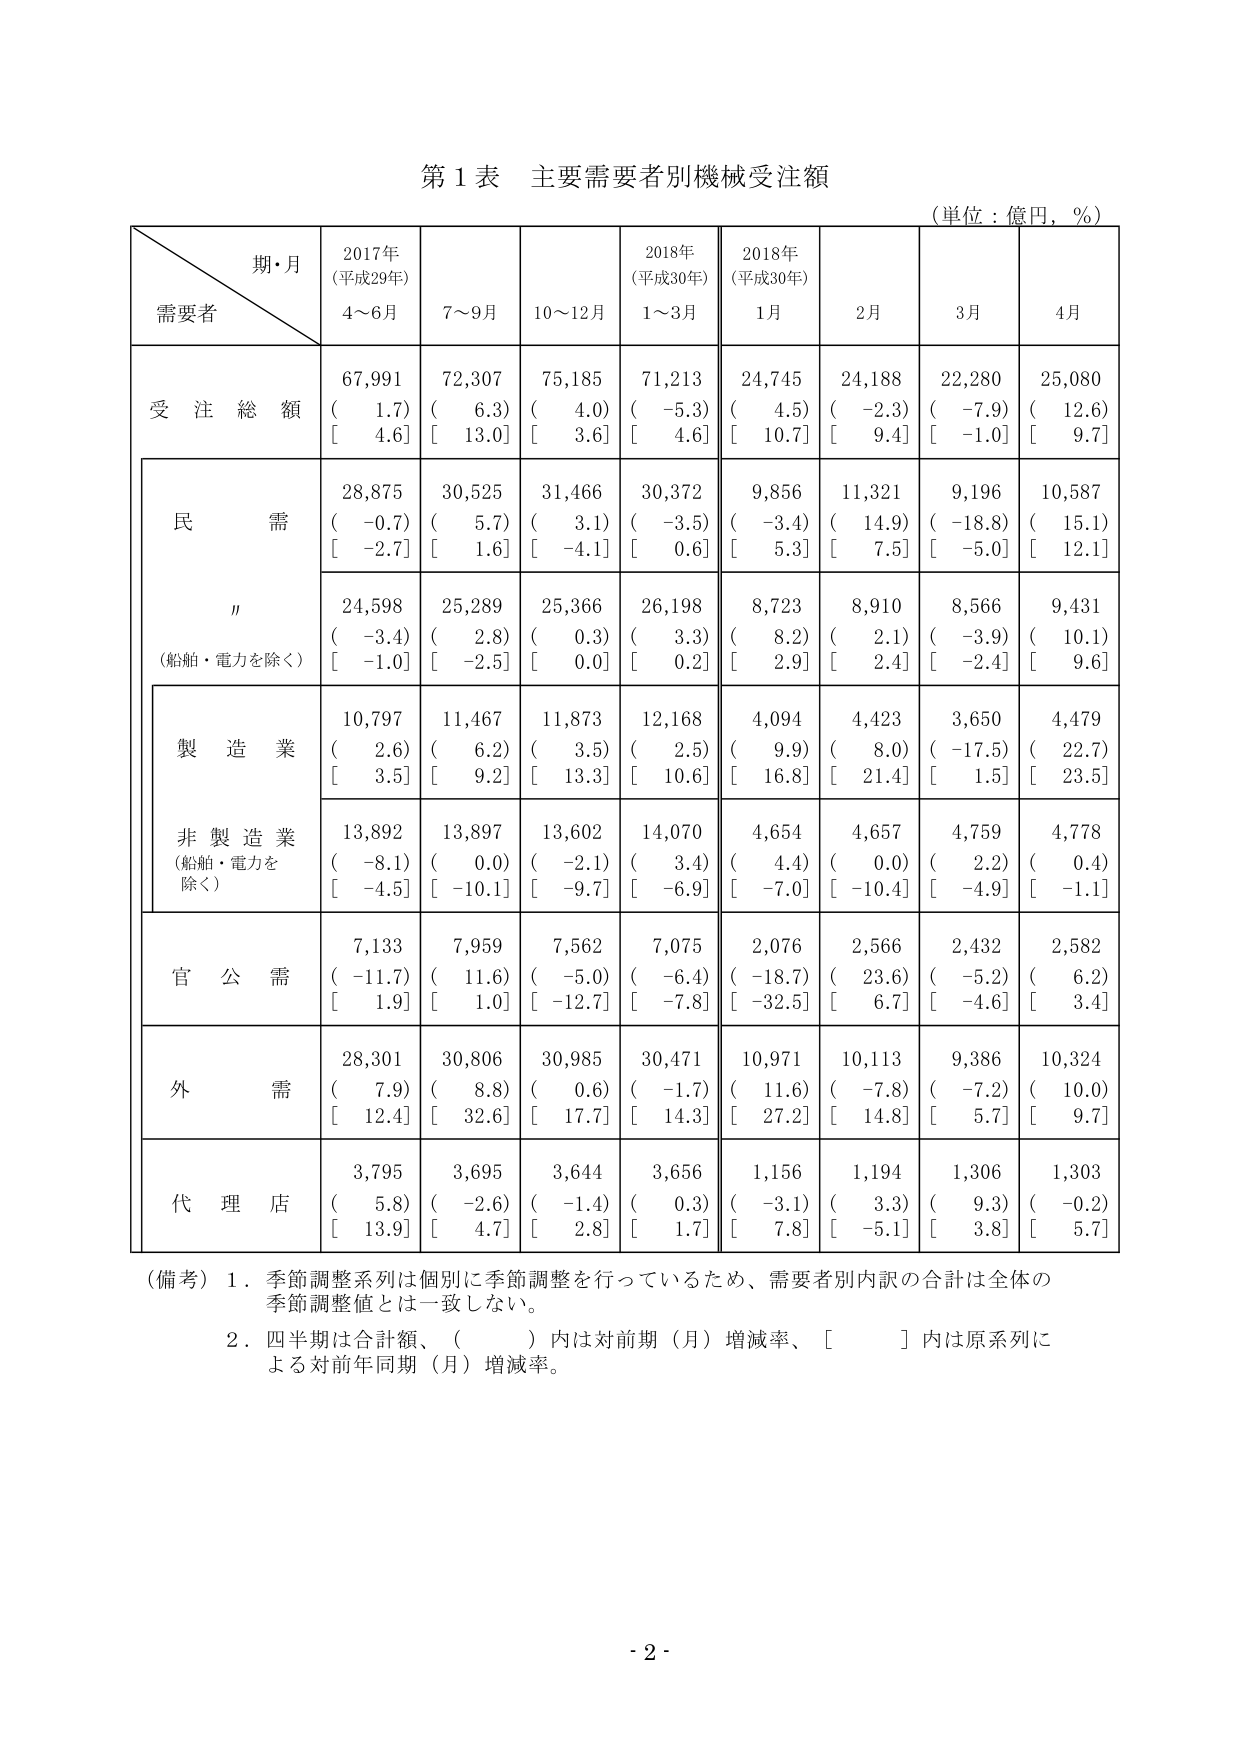
第１表 主要需要者別機械受注額
（単位：億円，％）

期・月
需要者
2017年
（平成29年）
4～6月
7～9月
10～12月
2018年
（平成30年）
1～3月
2018年
（平成30年）
1月
2月
3月
4月

受注総額
67,991
（ 1.7）
［ 4.6］
72,307
（ 6.3）
［ 13.0］
75,185
（ 4.0）
［ 3.6］
71,213
（ -5.3）
［ 4.6］
24,745
（ 4.5）
［ 10.7］
24,188
（ -2.3）
［ 9.4］
22,280
（ -7.9）
［ -1.0］
25,080
（ 12.6）
［ 9.7］

民需
28,875
（ -0.7）
［ -2.7］
30,525
（ 5.7）
［ 1.6］
31,466
（ 3.1）
［ -4.1］
30,372
（ -3.5）
［ 0.6］
9,856
（ -3.4）
［ 5.3］
11,321
（ 14.9）
［ 7.5］
9,196
（ -18.8）
［ -5.0］
10,587
（ 15.1）
［ 12.1］

〃
（船舶・電力を除く）
24,598
（ -3.4）
［ -1.0］
25,289
（ 2.8）
［ -2.5］
25,366
（ 0.3）
［ 0.0］
26,198
（ 3.3）
［ 0.2］
8,723
（ 8.2）
［ 2.9］
8,910
（ 2.1）
［ 2.4］
8,566
（ -3.9）
［ -2.4］
9,431
（ 10.1）
［ 9.6］

製造業
10,797
（ 2.6）
［ 3.5］
11,467
（ 6.2）
［ 9.2］
11,873
（ 3.5）
［ 13.3］
12,168
（ 2.5）
［ 10.6］
4,094
（ 9.9）
［ 16.8］
4,423
（ 8.0）
［ 21.4］
3,650
（ -17.5）
［ 1.5］
4,479
（ 22.7）
［ 23.5］

非製造業
（船舶・電力を除く）
13,892
（ -8.1）
［ -4.5］
13,897
（ 0.0）
［ -10.1］
13,602
（ -2.1）
［ -9.7］
14,070
（ 3.4）
［ -6.9］
4,654
（ 4.4）
［ -7.0］
4,657
（ 0.0）
［ -10.4］
4,759
（ 2.2）
［ -4.9］
4,778
（ 0.4）
［ -1.1］

官公需
7,133
（ -11.7）
［ 1.9］
7,959
（ 11.6）
［ 1.0］
7,562
（ -5.0）
［ -12.7］
7,075
（ -6.4）
［ -7.8］
2,076
（ -18.7）
［ -32.5］
2,566
（ 23.6）
［ 6.7］
2,432
（ -5.2）
［ -4.6］
2,582
（ 6.2）
［ 3.4］

外需
28,301
（ 7.9）
［ 12.4］
30,806
（ 8.8）
［ 32.6］
30,985
（ 0.6）
［ 17.7］
30,471
（ -1.7）
［ 14.3］
10,971
（ 11.6）
［ 27.2］
10,113
（ -7.8）
［ 14.8］
9,386
（ -7.2）
［ 5.7］
10,324
（ 10.0）
［ 9.7］

代理店
3,795
（ 5.8）
［ 13.9］
3,695
（ -2.6）
［ 4.7］
3,644
（ -1.4）
［ 2.8］
3,656
（ 0.3）
［ 1.7］
1,156
（ -3.1）
［ 7.8］
1,194
（ 3.3）
［ -5.1］
1,306
（ 9.3）
［ 3.8］
1,303
（ -0.2）
［ 5.7］

（備考）１．季節調整系列は個別に季節調整を行っているため、需要者別内訳の合計は全体の季節調整値とは一致しない。
２．四半期は合計額、（　）内は対前期（月）増減率、［　］内は原系列による対前年同期（月）増減率。

- 2 -